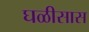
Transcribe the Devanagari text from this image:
घळीसास